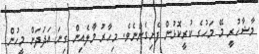
މާޝާހުރީ މޭ މަހުގެ ކުރީކޮޅުން ފެށިގެންނެވެ. މިހާރު މާލެއިން ގިނަ އަދަދަށް މީހުން